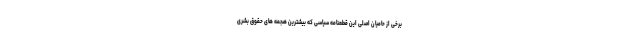
برخی از حامیان اصلی این قطعنامه سیاسی که بیشترین هجمه های حقوق بشری